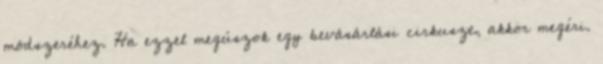
módszeréhez. Ha ezzel megúszok egy bevásárlási cirkuszt, akkor megéri.